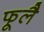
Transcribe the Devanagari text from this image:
फूलै